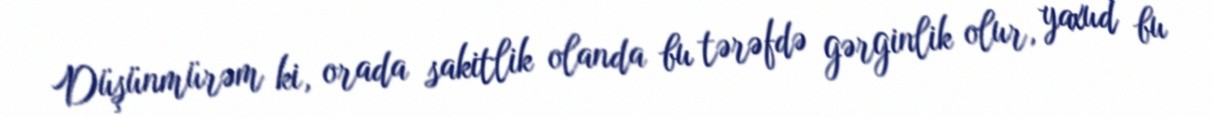
Düşünmürəm ki, orada sakitlik olanda bu tərəfdə gərginlik olur, yaxud bu